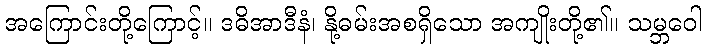
အကြောင်းတို့ကြောင့်။ ဒဓိအာဒီနံ၊ နို့ဓမ်းအစရှိသော အကျိုးတို့၏။ သမ္ဘဝေါ